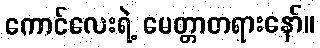
ကောင်လေးရဲ့ မေတ္တာတရားနော်။